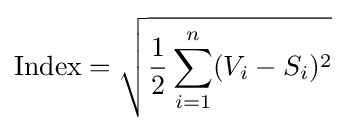
\mathrm {Index} ={\sqrt {{\frac {1}{2}}\sum _{i=1}^{n}(V_{i}-S_{i})^{2}}}